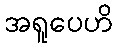
အရူပေဟိ